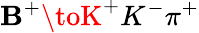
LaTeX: \mathbf{B}^{+}\toK^{+}K^{-}\pi^{+}